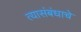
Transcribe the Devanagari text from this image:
त्यासंबंधाचे